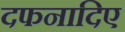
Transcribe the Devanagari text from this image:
दफनादिए